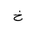
Letter: _kha